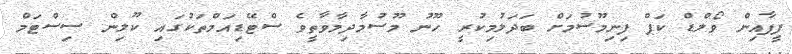
ފީފާއިން ވޯލްޑް ކަޕް ފިނިމޫސުމަށް ބަދަލުމިކުރީ ހޫނު މޫސުމާދިމާވާތީވެ ސްޓޭޑިއަމްތަކުގައި ކޫލިން ސިސްޓަމް